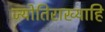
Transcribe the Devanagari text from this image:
ज्योतिराख्याहि